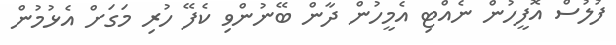
ފުލުސް އޮފީހުން ނެއްޓި އެމީހުން ދާން ބޭނުންވި ކެފޭ ހުރި މަގަށް އެޅުމުން